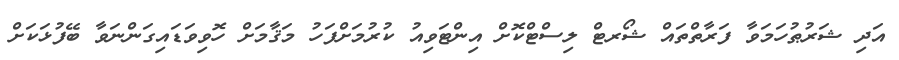
އަދި ޝަރުޠުހަމަވާ ފަރާތްތައް ޝޯރޓް ލިސްޓްކޮށް އިންޓަވިއު ކުރުމަށްފަހު މަޤާމަށް ހޮވިވަޑައިގަންނަވާ ބޭފުޅަކަށް